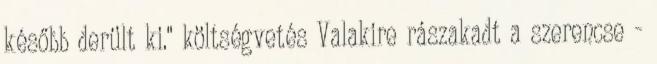
később derült ki." költségvetés Valakire rászakadt a szerencse -